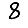
Digit: 8